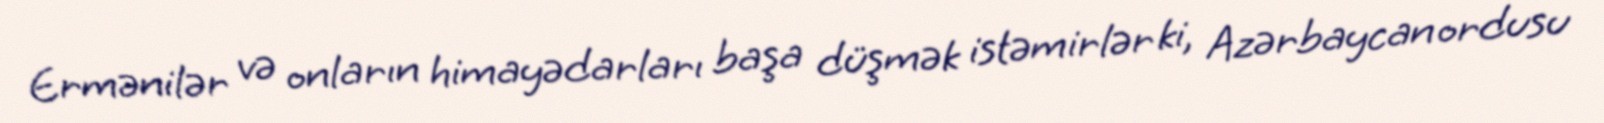
Ermənilər və onların himayədarları başa düşmək istəmirlər ki, Azərbaycan ordusu